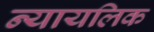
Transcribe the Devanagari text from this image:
न्यायलिक